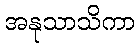
အနုသာသိကာ